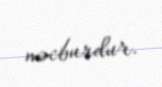
məcburdur.